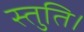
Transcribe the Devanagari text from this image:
स्तुति।